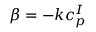
\beta = - k c _ { p } ^ { I }